kultuurilooline_kollektsioon, lk 78
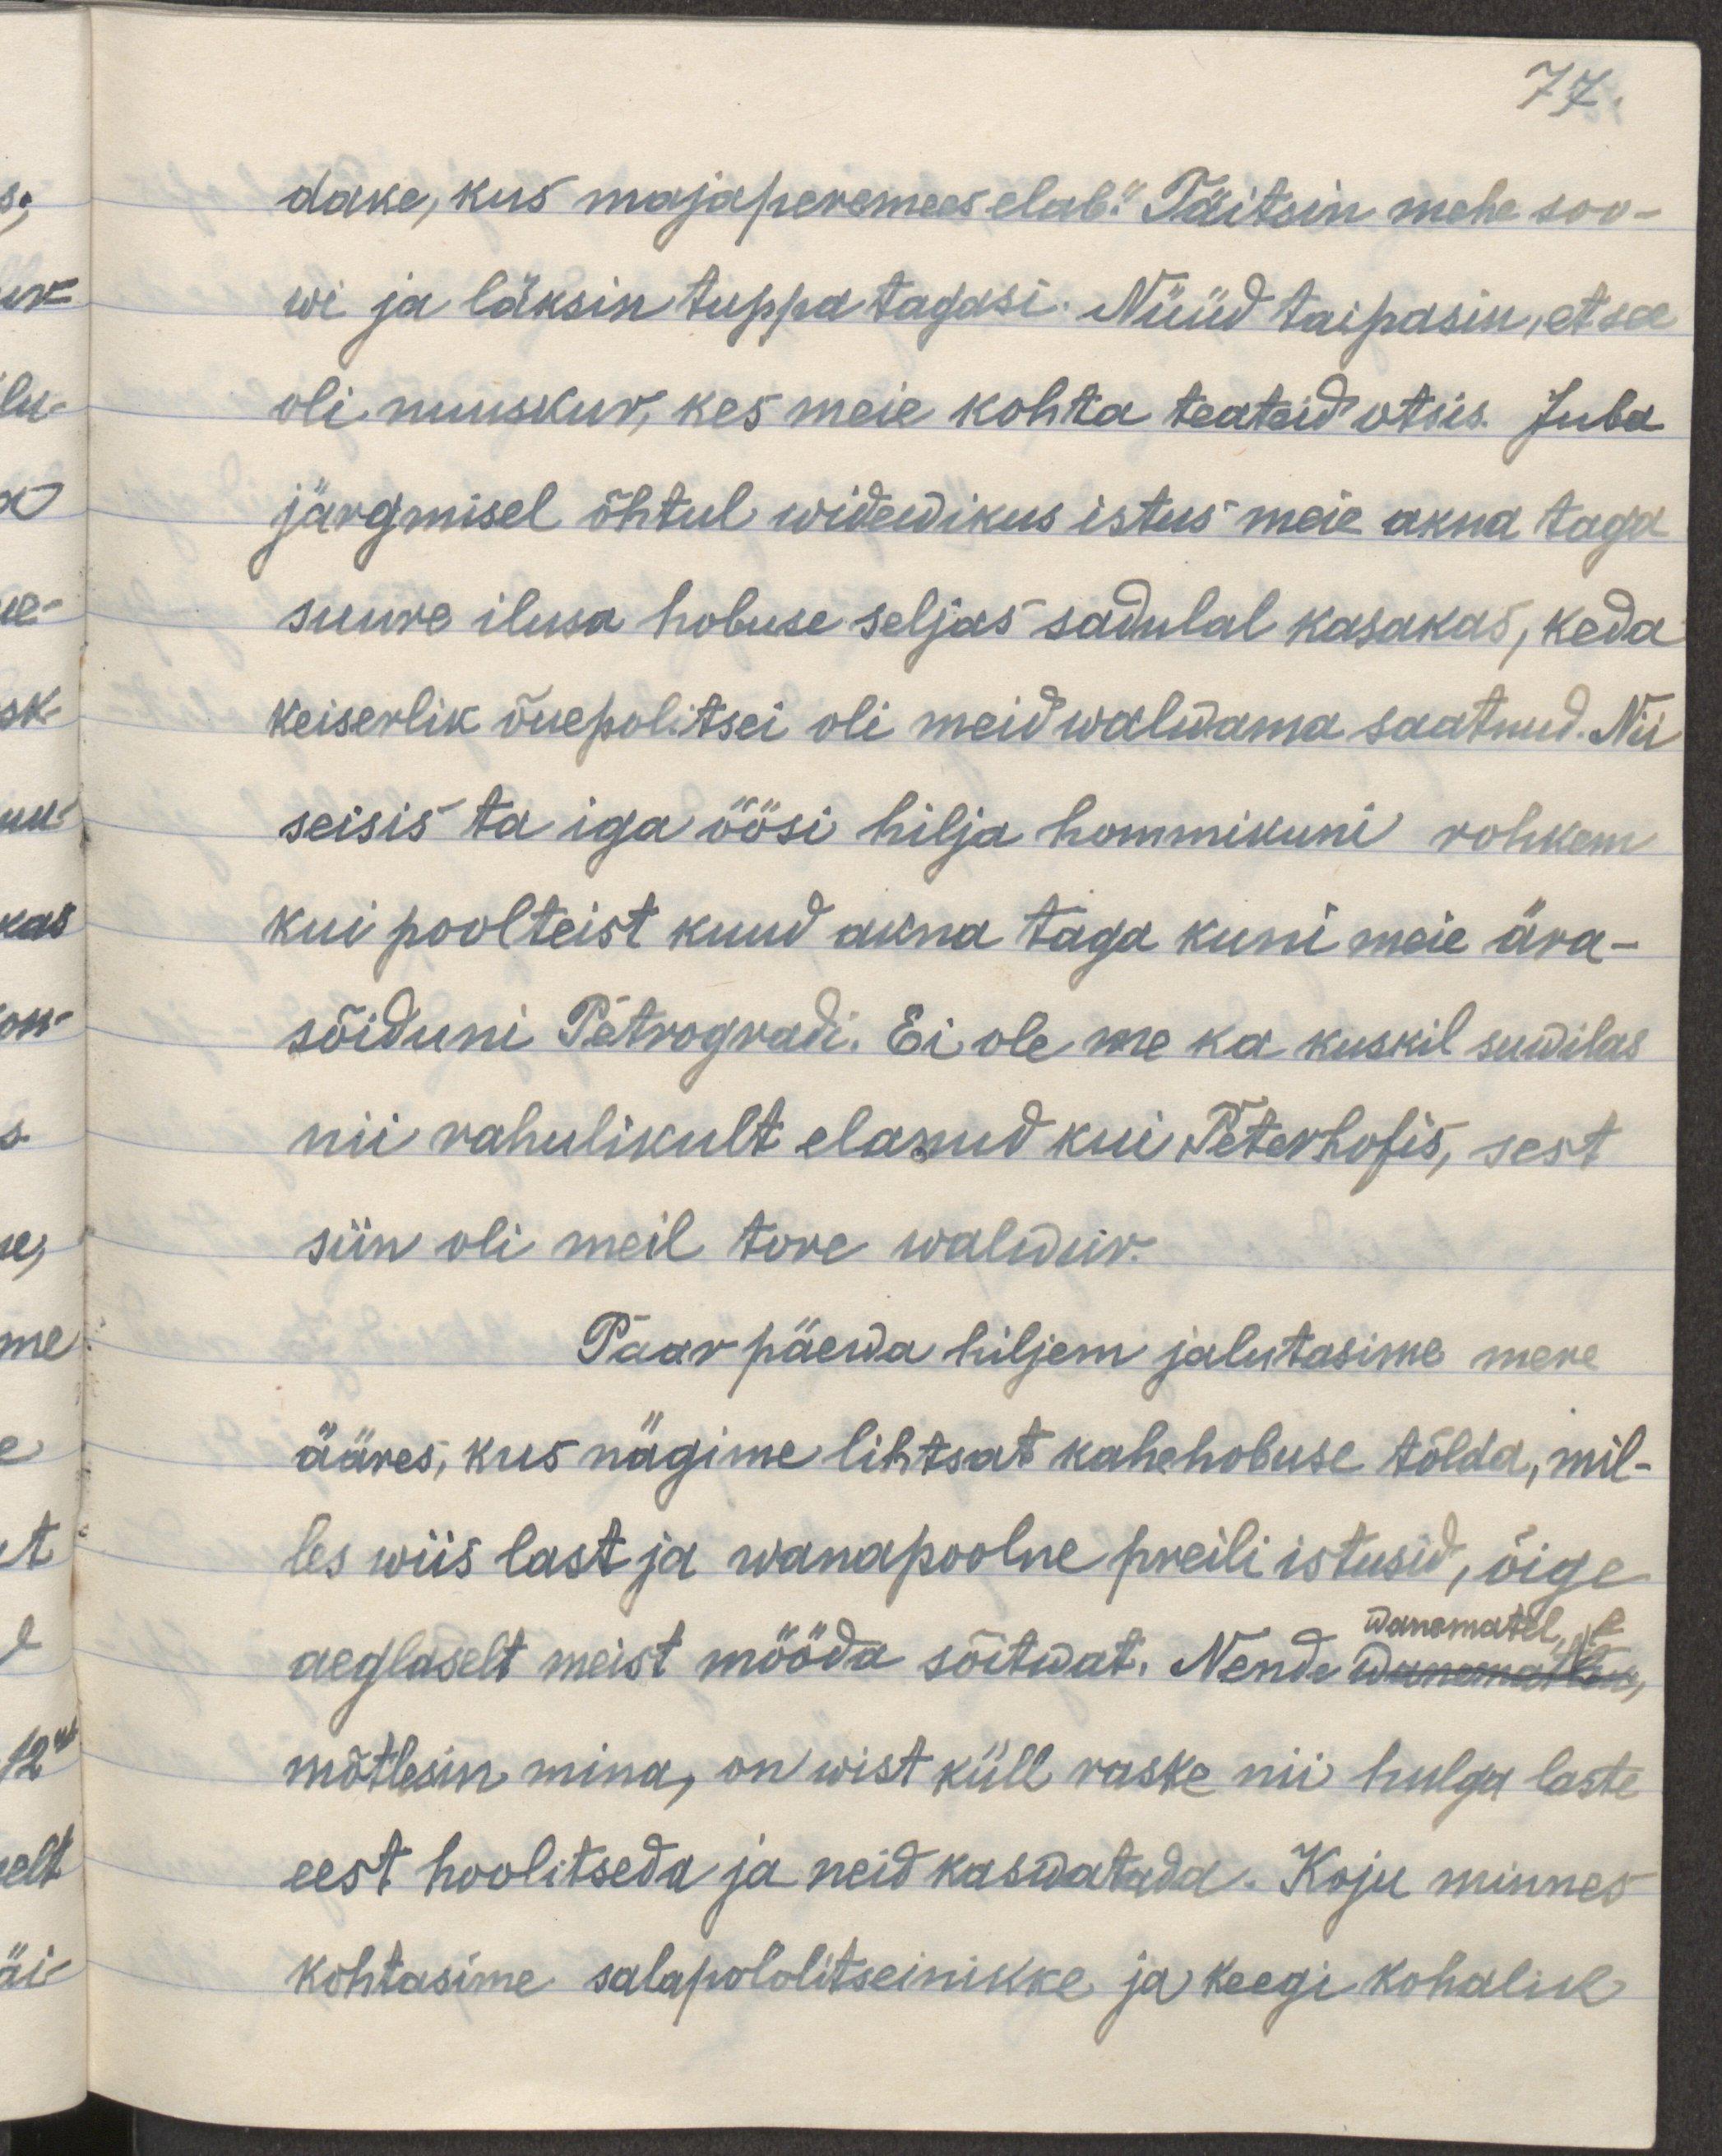
77.
dake, kus majaperemees elab." Täitsin mehe soo-
wi ja läksin tuppa tagasi. Nüüd taipasin, et see
oli nuuskur, kes meie kohta teateid otsis. Juba
järgmisel õhtul widewikus istus meie akna taga
suure ilusa hobuse seljas kasakas, keda
keiserlik õuepolitsei oli meid walwama saatnud. Nii
seisis ta iga öösi hilja hommikuni rohkem
kui poolteist kuud akna taga kuni meie ära-
sõidsime Petrogradi. Ei ole me ka kuskil suwilas
nii rahulikult elanud kui Peterhofis, sest
siin oli meil tore walwur.
Paar päewa hiljem jalutasime mere
ääres, kus nägime lihtsalt kahehobuse tõlda, mil-
les wiis last ja wanapoolne preili istusid, õige
wanematel
aeglaselt meist mööda sõitwat. Nende wanemat hool,
mõtlesin mina, on wist küll raske nii hulga laste
eest hoolitseda ja neid kaswatada. Koju minnes
kohtasime salapolitsenikke ja keegi kohalik